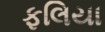
ફલિયા